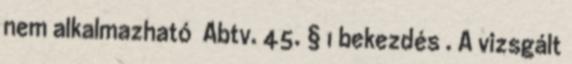
nem alkalmazható Abtv. 45. § 1 bekezdés . A vizsgált